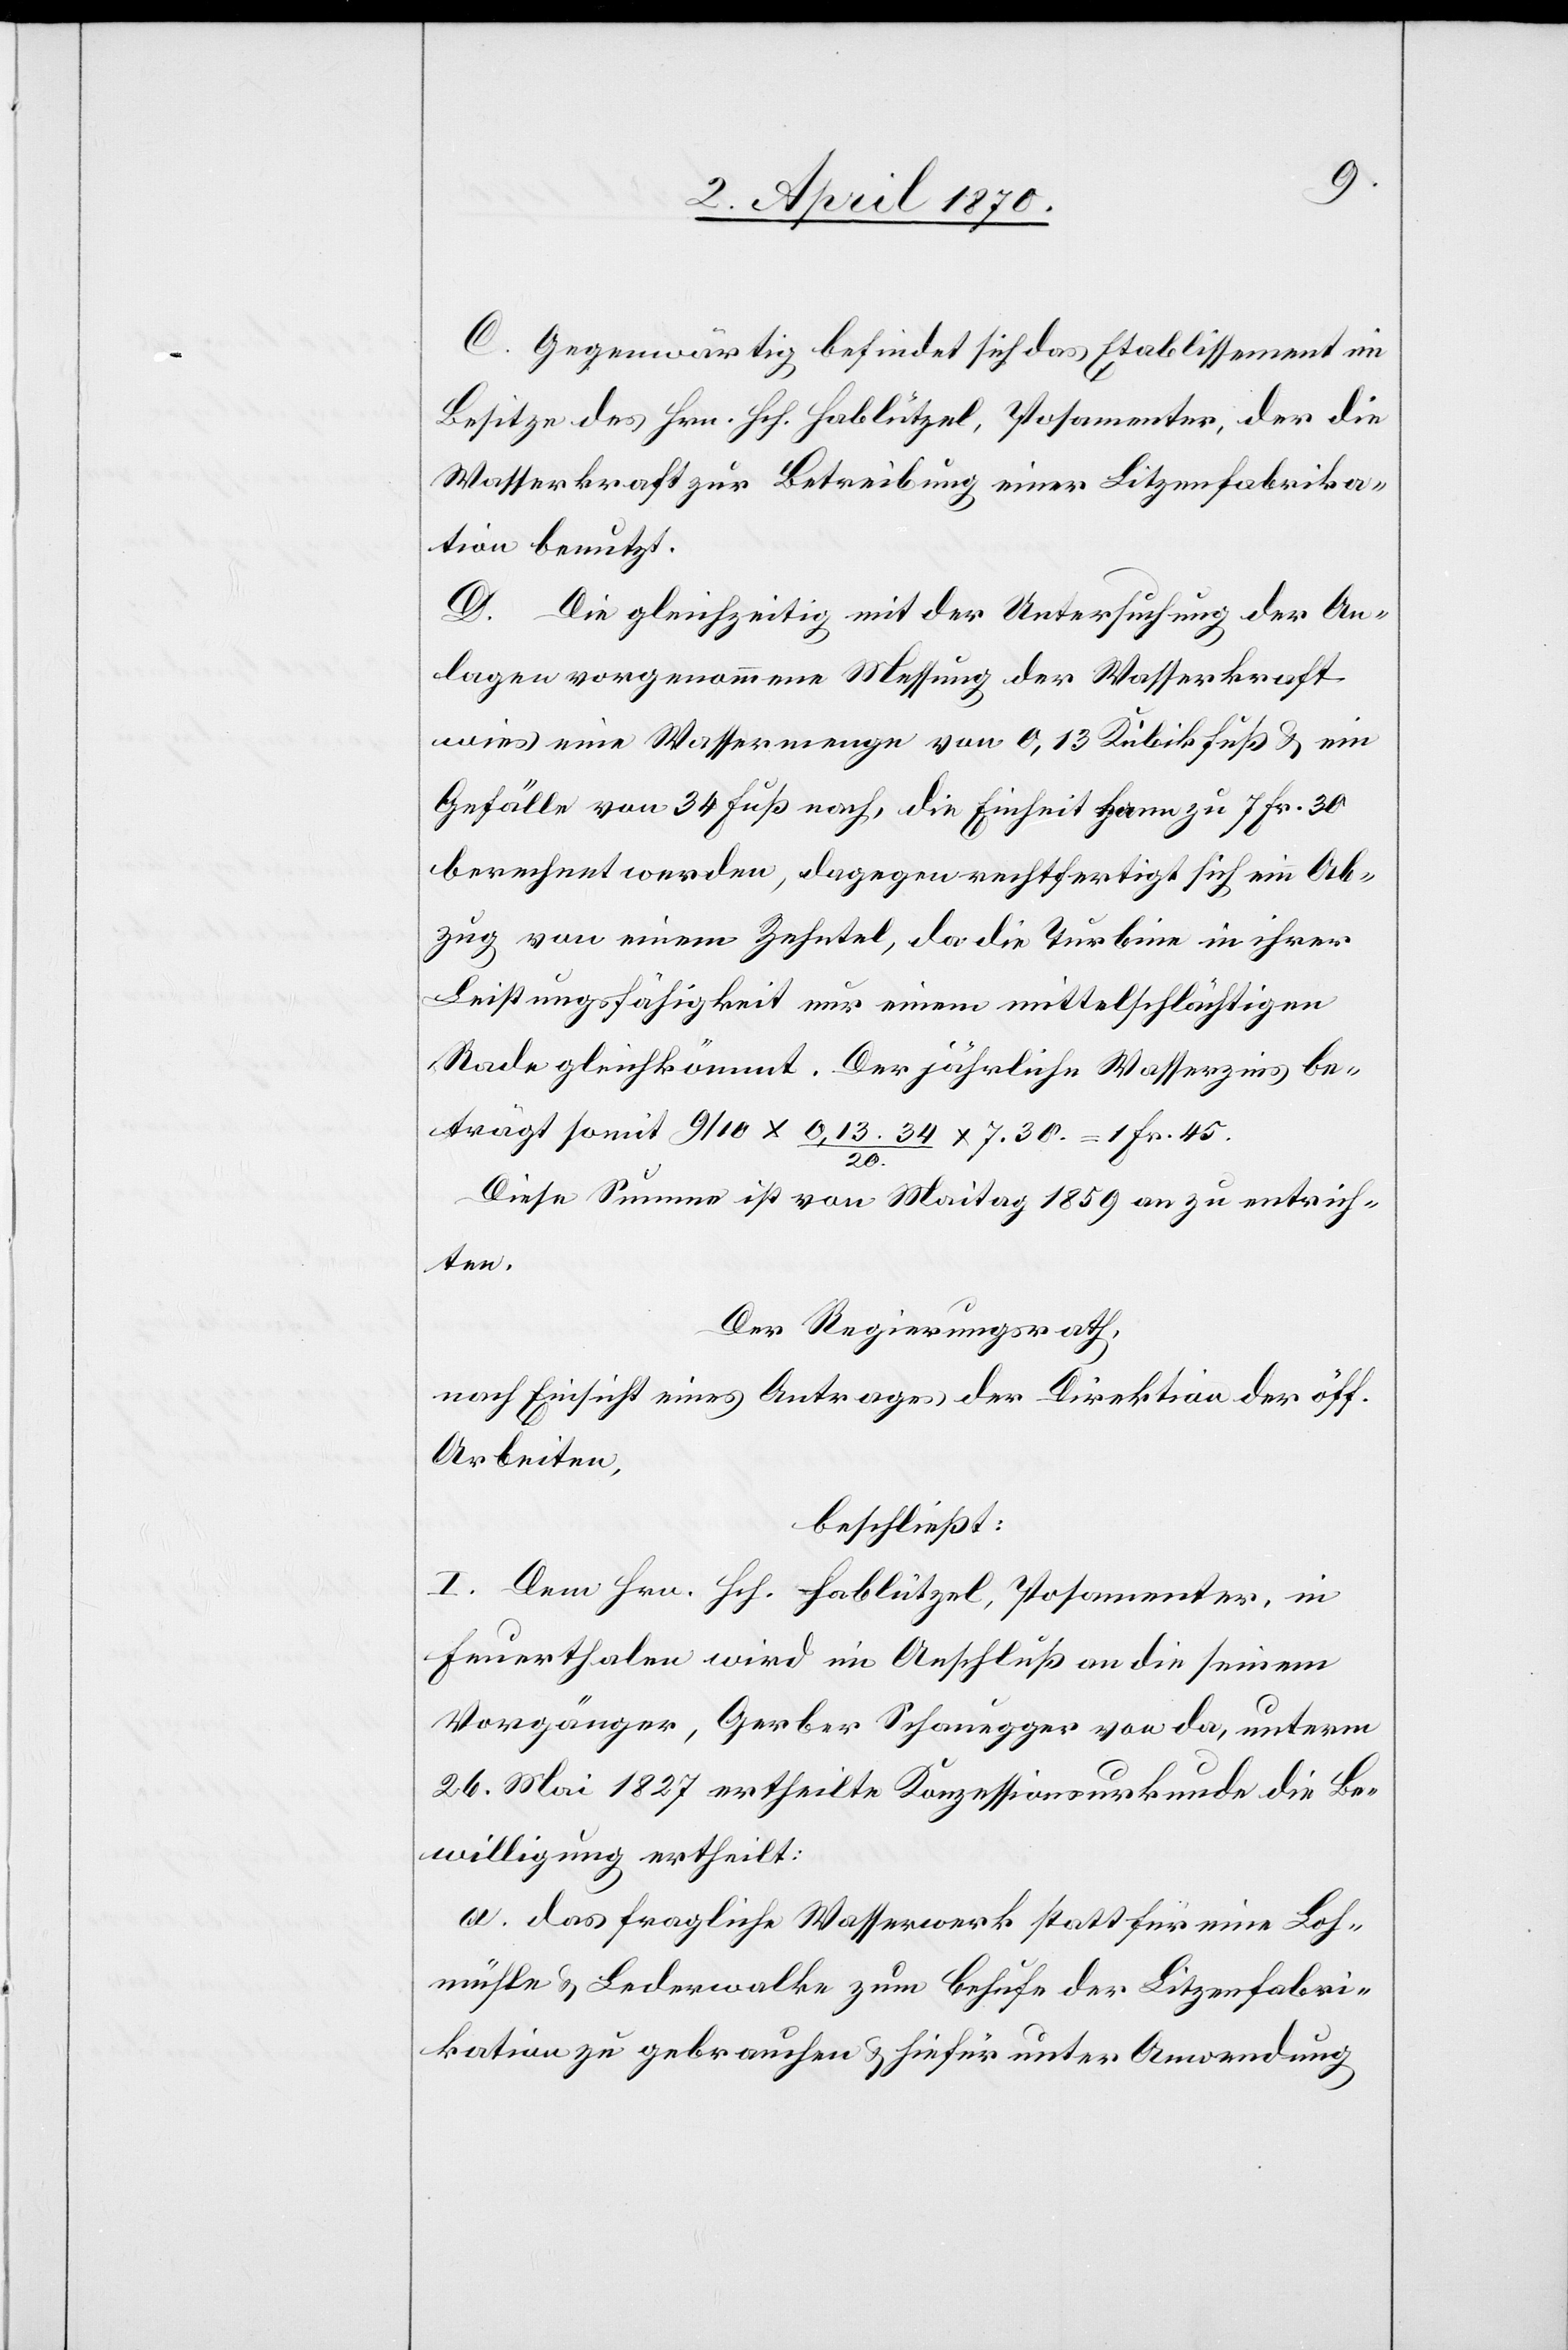
C. Gegenwärtig befindet sich das Etablissement im
Besitze des Hrn. Hch. Hablützel, Posamenter, der die
Wasserkraft zur Betreibung einer Litzenfabrika¬
tion benutzt.
D. Die gleichzeitig mit der Untersuchung der An¬
lagen vorgenommene Messung der Wasserkraft
wies eine Wassermenge von 0,13 Kubikfuß & ein
Gefälle von 34 Fuß nach, die Einheit kann zu 7 Fr. 30
berechnet werden, dagegen rechtfertigt sich ein Ab¬
zug von einem Zehntel, da die Turbine in ihrer
Leistungsfähigkeit nur einem mittelschlächtigen
Rade gleichkömmt [sic!]. Der jährliche Wasserzins be¬
trägt somit 9/10 x 0,13 x 34/20 x 7.30 = 1 Fr. 45.
Diese Summe ist von Maitag 1859 an zu entrich¬
ten.
Der Regierungsrath,
nach Einsicht eines Antrages der Direktion der öff.
Arbeiten,
beschließt:
I. Dem Hrn. Hch. Hablützel, Posamenter, in
Feuerthalen wird im Anschluß an die seinem
Vorgänger, Gerber Schauegger von da, unterm
26. Mai 1827 ertheilte Konzessionsurkunde die Be¬
willigung ertheilt:
a. das fragliche Wasserwerk statt für eine Loh¬
nmühle & Lederwalke zum Behufe der Litzenfabri¬
kation zu gebrauchen & hiefür unter Anwendung